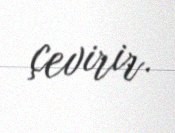
çevirir.